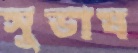
সুভাষ